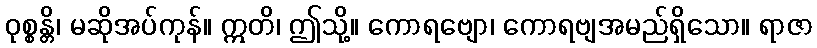
ဝုစ္စန္တိ၊ မဆိုအပ်ကုန်။ ဣတိ၊ ဤသို့။ ကောရဗျော၊ ကောရဗျအမည်ရှိသော။ ရာဇာ